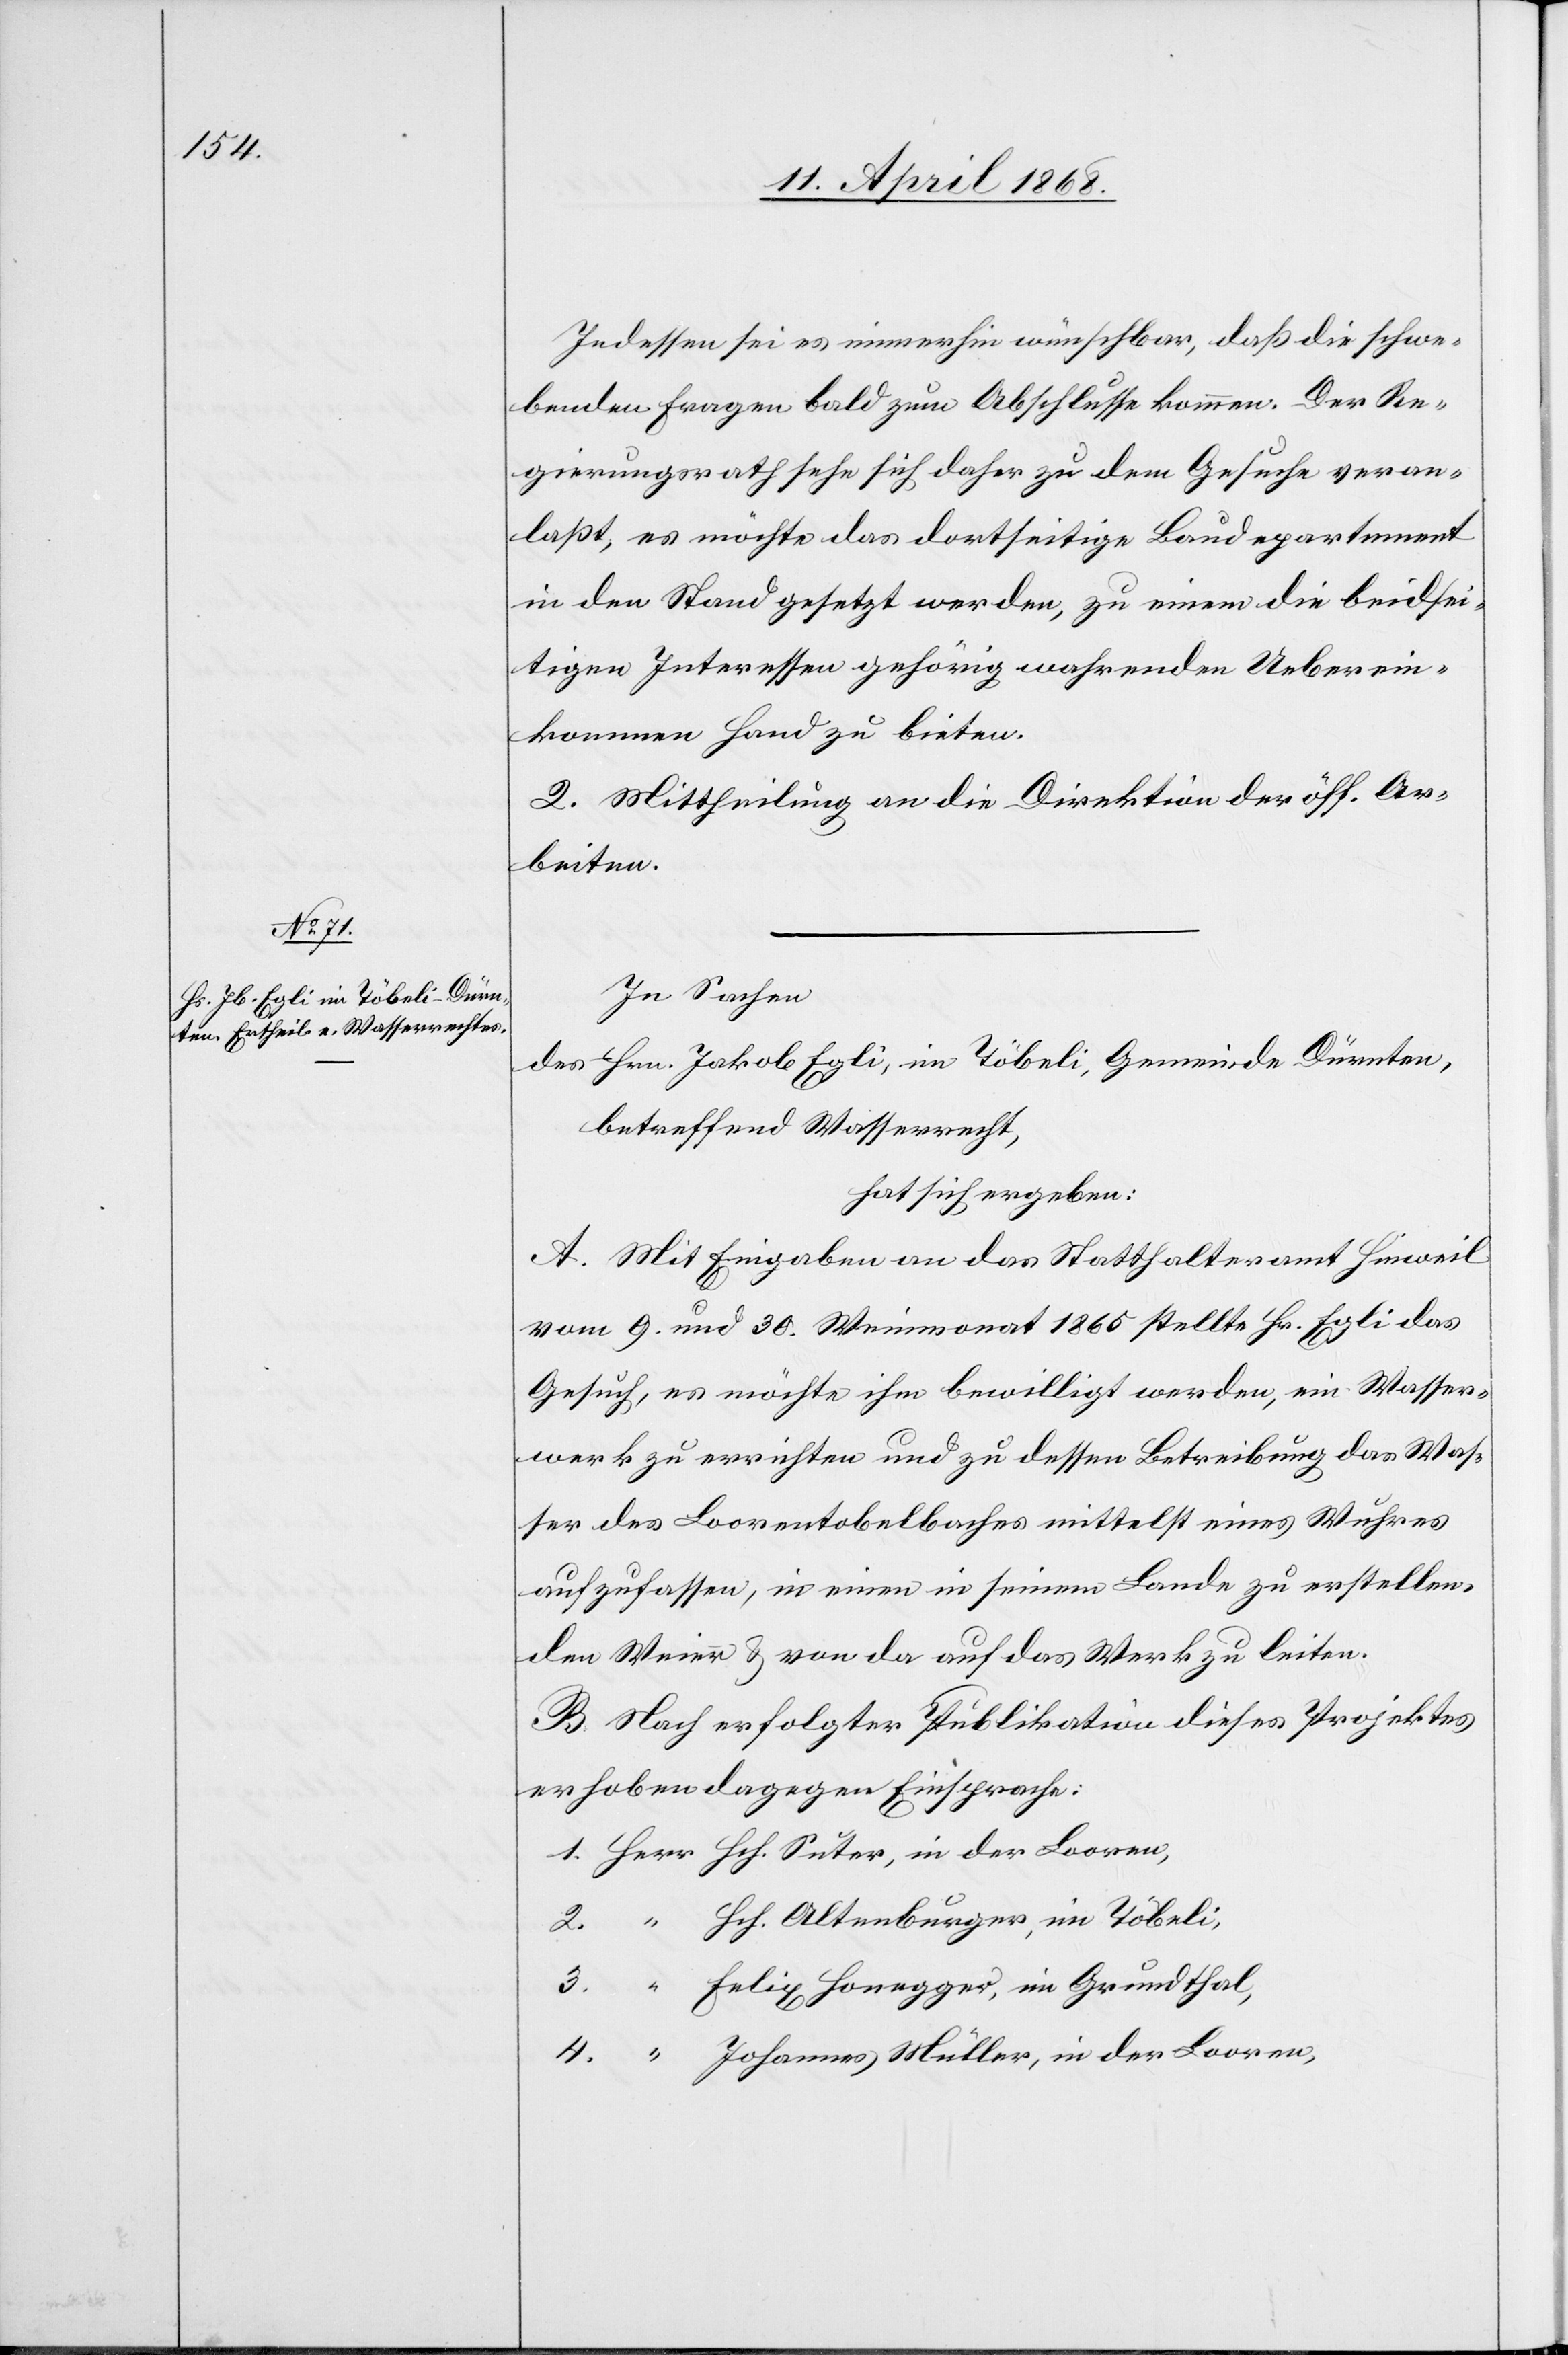
Indessen sei es immerhin wünschbar, daß die schwe¬
benden Fragen bald zum Abschlusse kommen. Der Re¬
gierungsrath sehe sich daher zu dem Gesuche veran¬
laßt, es möchte das dortseitige Baudepartement
in den Stand gesetzt werden, zu einem die beidsei¬
tigen Interessen gehörig wahrenden Ueberein¬
kommen Hand zu bieten.
2. Mittheilung an die Direktion der öff. Ar¬
beiten.
In Sachen
des Hrn. Jakob Egli, im Töbeli, Gemeinde Dürnten,
betreffend Wasserrecht,
hat sich ergeben:
A. Mit Eingaben an das Statthalteramt Hinweil
vom 9. und 30. Weinmonat 1865 stellte Hr. Egli das
Gesuch, es möchte ihm bewilligt werden, ein Wasser¬
werk zu errichten und zu dessen Betreibung das Was¬
ser des Loorentobelbaches mittelst eines Wuhres
aufzufassen, in einen in seinem Lande zu erstellen¬
den Weier & von da auf das Werk zu leiten.
B. Nach erfolgter Publikation dieses Projektes
erhoben dagegen Einsprache:
1. Herr Hch. Suter, in der Looren,
2. “ Hch. Altenburger, im Töbeli,
3. “ Felix Honegger, im Grundthal,
4. “ Johannes Müller, in der Looren,